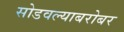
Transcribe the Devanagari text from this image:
सोडवल्याबरोबर